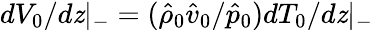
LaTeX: dV_{0}/d\mathit{z}|_{-}=(\hat{{\rho}}_{0}\hat{{v}}_{0}/\hat{{p}}_{0})dT_{0}/d\mathit{z}|_{-}